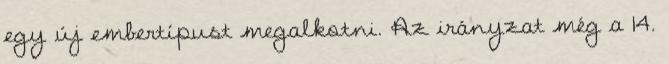
egy új embertípust megalkotni. Az irányzat még a 14.